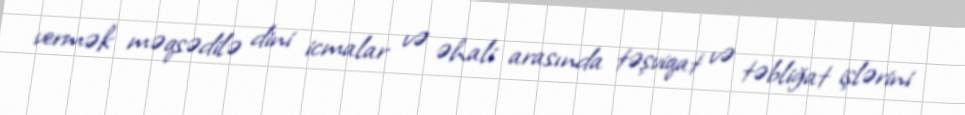
vermək məqsədilə dini icmalar və əhali arasında təşviqat və təbliğat işlərini